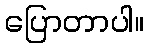
ပြောတာပါ။